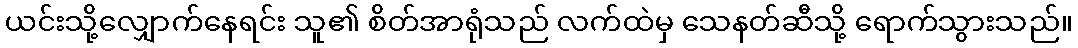
ယင်းသို့လျှောက်နေရင်း သူ၏ စိတ်အာရုံသည် လက်ထဲမှ သေနတ်ဆီသို့ ရောက်သွားသည်။